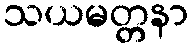
သယမတ္တနာ